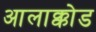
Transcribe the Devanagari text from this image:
आलाक्कोड